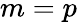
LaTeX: m=p